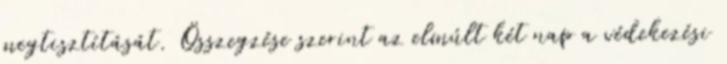
megtisztítását. Összegzése szerint az elmúlt két nap a védekezési